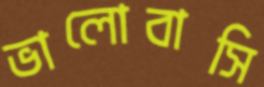
ভালোবাসি